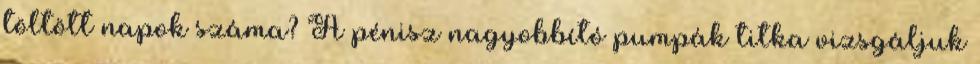
töltött napok száma? A pénisz nagyobbító pumpák titka vizsgáljuk